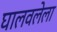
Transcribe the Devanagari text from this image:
घालवलेला